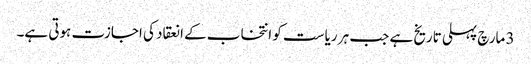
3 مارچ پہلی تاریخ ہے جب ہر ریاست کو انتخاب کے انعقاد کی اجازت ہوتی ہے۔